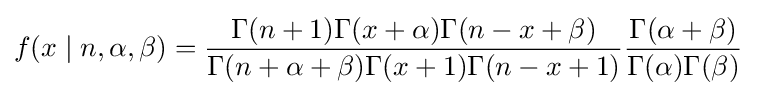
f(x\mid n,\alpha ,\beta )={\frac {\Gamma (n+1)\Gamma (x+\alpha )\Gamma (n-x+\beta )}{\Gamma (n+\alpha +\beta )\Gamma (x+1)\Gamma (n-x+1)}}{\frac {\Gamma (\alpha +\beta )}{\Gamma (\alpha )\Gamma (\beta )}}